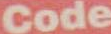
Code